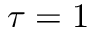
\tau = 1